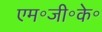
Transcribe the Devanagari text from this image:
एम॰जी॰के॰